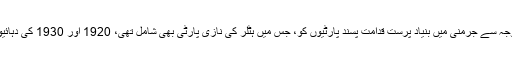
ورسیلز کے معاہدے کی ترمیم ایک ایسا نقطہ ثابت ہوا جس کی وجہ سے جرمنی میں بنیاد پرست قدامت پسند پارٹیوں کو، جس میں ہٹلر کی نازی پارٹی بھی شامل تھی، 1920 اور 1930 کی دہائیوں کے شروع میں ووٹروں کی نظر میں قابل اعتبار ظاہر کیا گیا۔